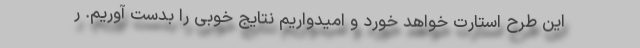
این طرح استارت خواهد خورد و امیدواریم نتایج خوبی را بدست آوریم. ر